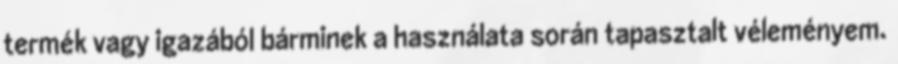
termék vagy igazából bárminek a használata során tapasztalt véleményem.